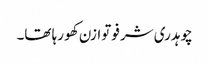
چوہدری شرفو توازن کھو رہا تھا۔